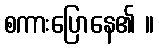
စကားပြောနေ၏ ။